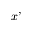
x ’